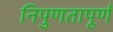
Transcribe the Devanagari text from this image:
निपुणतापूर्ण